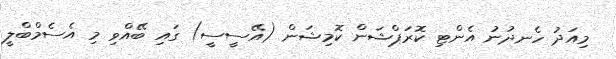
މިއަދު ހެނދުނު އެންޓި ކޮރަޕްޝަން ކޮމިޝަން (އޭސީސީ) ގައި ބޭއްވި މި އެސެމްބްލީ